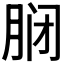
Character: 𫆝